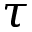
\tau